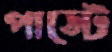
পাস্টে